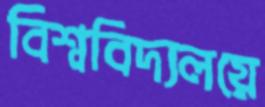
বিশ্ববিদ্যলয়ে